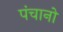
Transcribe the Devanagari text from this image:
पंचानो